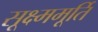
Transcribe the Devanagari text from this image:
सूक्ष्ममूर्ति